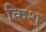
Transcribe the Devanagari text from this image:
किश्